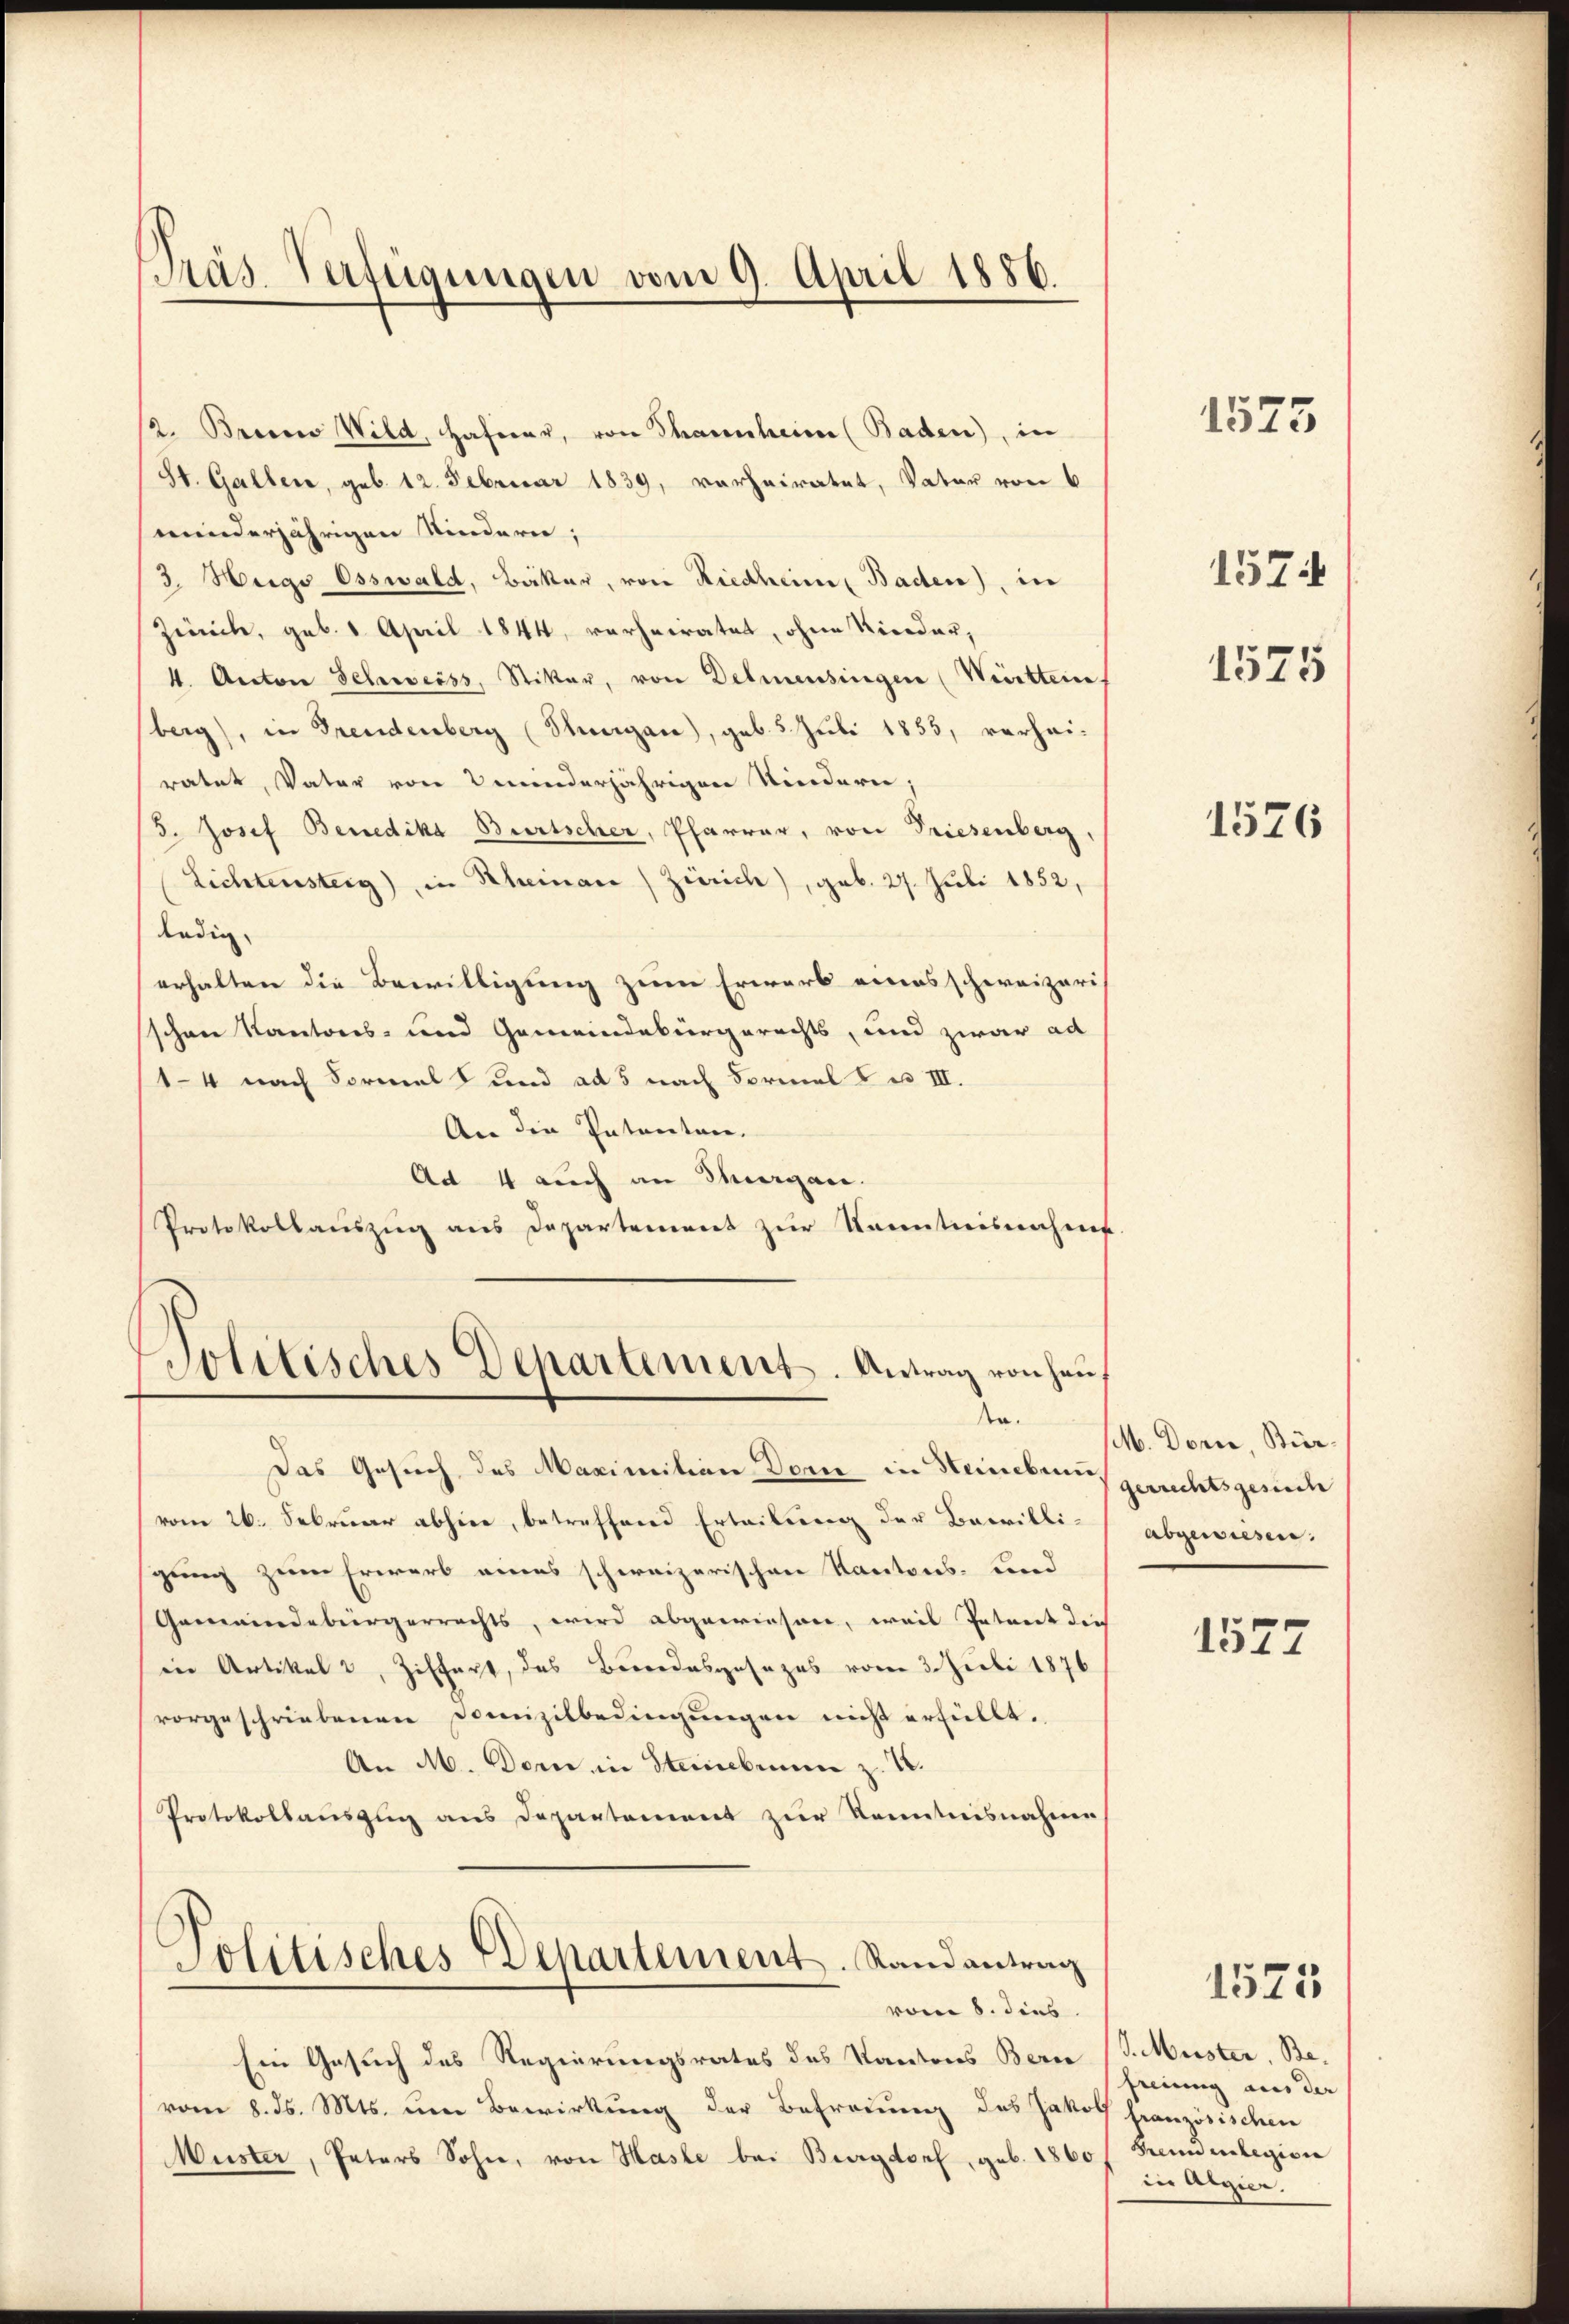
Präs. Verfügungen vom 9. April 1886.

Politisches Departement. Antrag von Hauf
de

/2. Branco Wild, Haferer, von Thannheim (Baden), in
(St. Gallen, geb. 12. Februar 1839, verheiratet, Vater von 6
minderjährigen Kindern;
3. Heigs Esswald, Bäker, von Riedheim Baden), in
Zürich, geb. 1 April 1844, verheiratet, ohne Nieder,
4. Anton Schweiss, Stiker, von Dehmensingen (Wirittein
berg), in Freudenberg (Thurgau), geb. 5. Juli 1855, verhei-
ratet, Vater von minderjährigen Niedern;
/5. Josef Benedika Bürtscher, Pfarrer, von Triesenberg,
Lichtensteig) in Rheinau) Zürich), geb. 27. Juli 1852,
ändig.
erhalten die Bewilligung zum Erwarb eines schweizeris
sschen Kantons- und Gemeindebürgerechts, und zwar ad
14 nach Formel und ad 5 nach Formal zu III.
An die Patenten.
Ad 4 auch an Margau.
Protokollauszug aus Departement zur Kenntnisnahme

Das Gesuch des Maximitian Dorn in Steineben gerrechtsgesch
vom 26. Februar abhier, betreffend Erteilung der Bewilligung zum Erwerb eines schweizerischen Kantons- und
Gemeindebürgerrechts, wird abgewiesen, weil Petent die
ine Artikel 2, Ziffert, das Berrodesgesezes vom 3. Juli 1876
vorgeschriebenen Domizilbedingungen nicht erfüllt.
An M. Dom in Steinebium z. B.
Protokollauszug aus Departement zur Kenntnisnahme

Jolitisches Departement. Stand antrag
vom 8. dies

vom 8. ds. Mts. um Bewirkung der Betreuung des Jakos französischen
Wüster, Paters Sohn, von Hasle bei Burgdorf, geb. 1860

Ein Gesuch des Regierungsrates des Kantons Berce (S. Muster, Be¬

1575
1576

1575

1574

M. Dorn, Bürabgewiesen.
1577

freiung aus der
Brandelegion
in Algier.

1575